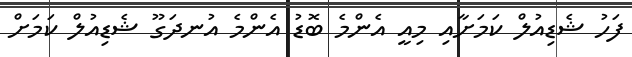
ފަހު ޝެޑިއުލް ކަމަށާއި މިއީ އެންމެ ބޮޑު އެންމެ އުނދަގޫ ޝެޑިއުލް ކަމަށް